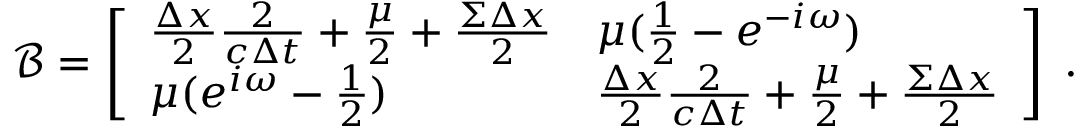
\boldsymbol { \mathcal { B } } = \left[ \begin{array} { l l } { \frac { \Delta x } { 2 } \frac { 2 } { c \Delta t } + \frac { \mu } { 2 } + \frac { \Sigma \Delta x } { 2 } } & { \mu ( \frac { 1 } { 2 } - e ^ { - i \omega } ) } \\ { \mu ( e ^ { i \omega } - \frac { 1 } { 2 } ) } & { \frac { \Delta x } { 2 } \frac { 2 } { c \Delta t } + \frac { \mu } { 2 } + \frac { \Sigma \Delta x } { 2 } } \end{array} \right] \; .